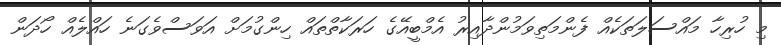
މި ހުރިހާ މައްސަލަތަކެއް ފެންމަތިވަމުންދާއިރު އެމްބީއޭގެ ހަރަކާތްތައް ހިންގުމަށް އަވަސްވެގަނެ ހައްލެއް ހޯދަން